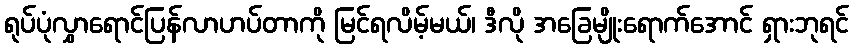
ရုပ်ပုံလွှာရောင်ပြန်လာဟပ်တာကို မြင်ရလိမ့်မယ်၊ ဒီလို အခြေမျိုးရောက်အောင် ရှားဘုရင်